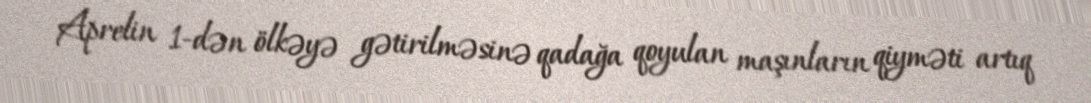
Aprelin 1-dən ölkəyə gətirilməsinə qadağa qoyulan maşınların qiyməti artıq